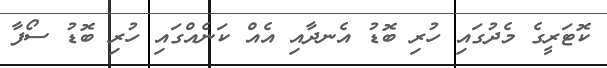
ކޮޓަރީގެ މެދުގައި ހުރި ބޮޑު އެނދާއި އެއް ކަނެއްގައި ހުރި ބޮޑު ސޯފާ